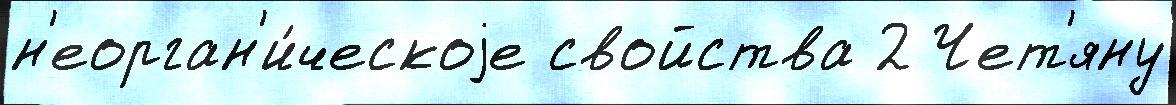
н'еорган'и́ческоjе свойства 2 Чет'яну